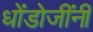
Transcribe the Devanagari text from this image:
धोंडोजींनी